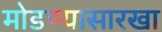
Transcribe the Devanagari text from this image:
मोडण्यासारखा